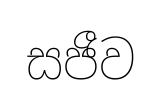
සජීව